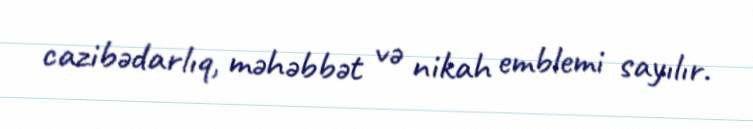
cazibədarlıq, məhəbbət və nikah emblemi sayılır.